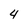
Character: 4